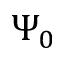
\Psi _ { 0 }